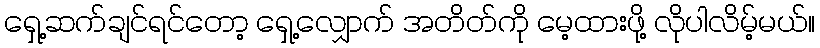
ရှေ့ဆက်ချင်ရင်တော့ ရှေ့လျှောက် အတိတ်ကို မေ့ထားဖို့ လိုပါလိမ့်မယ်။